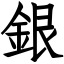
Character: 銀